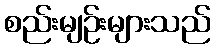
စည်းမျဉ်းများသည်